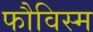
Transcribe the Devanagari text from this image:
फौविस्म